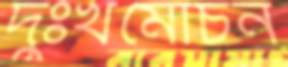
দুঃখমোচন